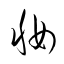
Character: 妝